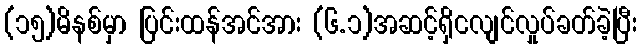
(၁၅)မိနစ်မှာ ပြင်းထန်အင်အား (၆.၁)အဆင့်ရှိငလျင်လှုပ်ခတ်ခဲ့ပြီး